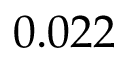
0 . 0 2 2